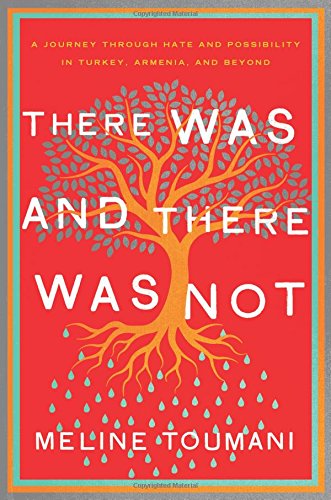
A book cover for There Was and There Was Not: A Journey Through Hate and Possibility in Turkey, Armenia, and Beyond; Meline Toumani; Biographies & Memoirs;